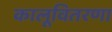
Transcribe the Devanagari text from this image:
कालूवितरणा